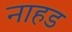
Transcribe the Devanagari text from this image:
नाहड